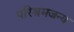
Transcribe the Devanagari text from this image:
परिश्रमजन्य